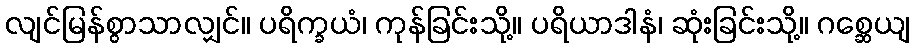
လျင်မြန်စွာသာလျှင်။ ပရိက္ခယံ၊ ကုန်ခြင်းသို့။ ပရိယာဒါနံ၊ ဆုံးခြင်းသို့။ ဂစ္ဆေယျ